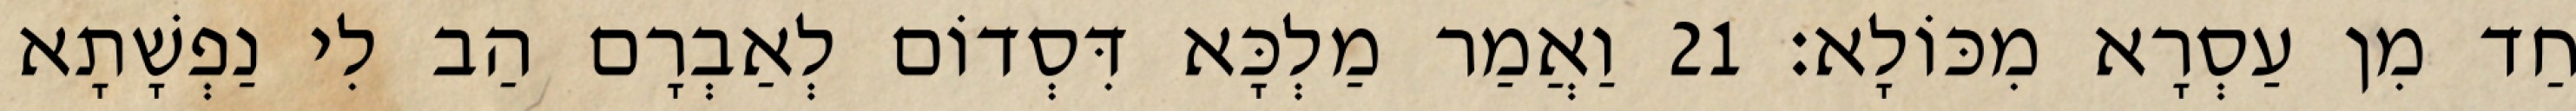
חַד מִן עַסְרָא מִכּוֹלָא׃ 21 וַאֲמַר מַלְכָּא דִּסְדוֹם לְאַבְרָם הַב לִי נַפְשָׁתָא